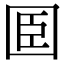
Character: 𡇖